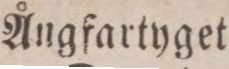
Ångfartyget